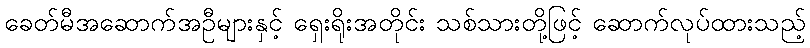
ခေတ်မီအဆောက်အဦများနှင့် ရှေးရိုးအတိုင်း သစ်သားတို့ဖြင့် ဆောက်လုပ်ထားသည့်